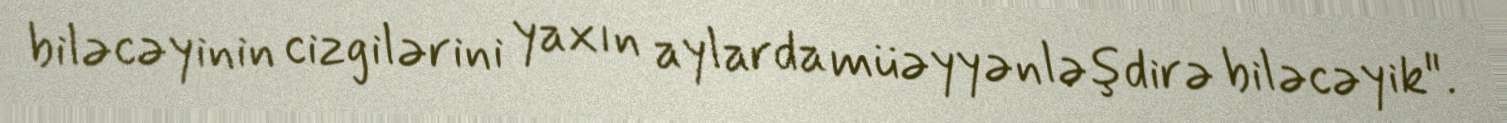
biləcəyinin cizgilərini yaxın aylarda müəyyənləşdirə biləcəyik".